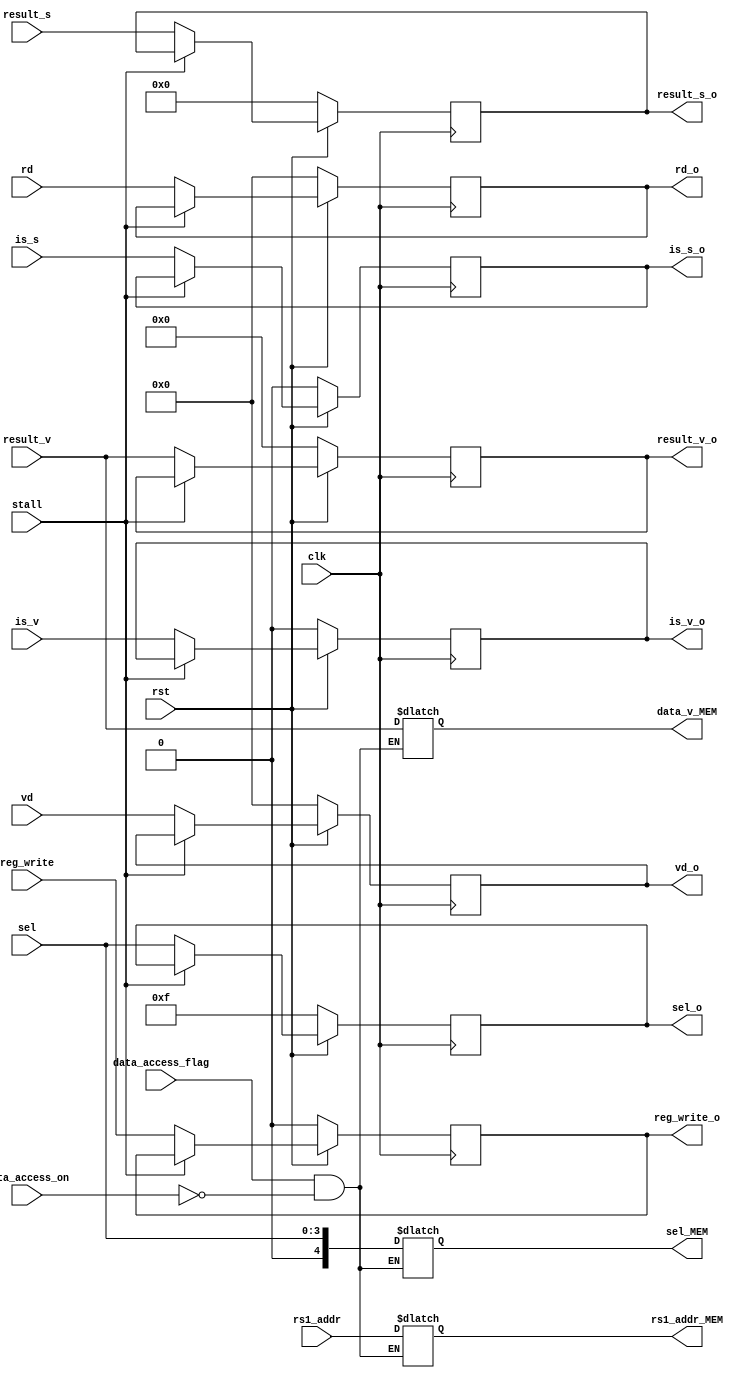
module memory#(parameter VL = 8, parameter SEW = 32 )
			  (input  clk,
			   input  rst,
			   input  stall,
			   input  reg_write,
			  
			   input  is_v,
			   input  is_s,
			   input  [ 4:0] rd,
			   input  [ 4:0] vd,
			   input  [ 3:0] sel,
			   input  [31:0] rs1_addr,
			   input  [31:0] result_s,
			   input  [VL*SEW-1:0] result_v,
			   
			   input data_access_flag,
			   input data_access_on,
			   
			   output reg reg_write_o,
			   output reg [ 4:0] sel_MEM,
			   output reg [31:0] rs1_addr_MEM,
			   output reg [VL*SEW-1:0] data_v_MEM,
			  
			   output reg is_v_o,
			   output reg is_s_o,
			   output reg [ 4:0] rd_o,
			   output reg [ 4:0] vd_o,
			   output reg [ 3:0] sel_o,
			   output reg [31:0] result_s_o,
			   output reg [VL*SEW-1:0] result_v_o);
  
  
  
  always@(*) begin
     if(data_access_flag & !data_access_on) begin
	   sel_MEM = sel;
	   rs1_addr_MEM = rs1_addr;
	   data_v_MEM = result_v;
	 end 
  end
   
  
  always@(posedge clk) begin
    if(!rst) begin
	  sel_o <= 4'b1111;
	  rd_o <= 5'b0;
	  vd_o <= 5'b0; 
	  result_s_o <= 31'b0;
	  result_v_o <= 256'b0;
	  is_s_o <= 0;
	  is_v_o <= 0;
	  reg_write_o <= 0;
	end else if (stall) begin
	  sel_o <= sel_o;
	  rd_o <= rd_o;
	  vd_o <= vd_o; 
	  result_s_o <= result_s_o;
	  result_v_o <= result_v_o;
	  is_s_o <= is_s_o;
	  is_v_o <= is_v_o;
	  reg_write_o <= reg_write_o;
	end else begin
	  sel_o <= sel;
	  rd_o <= rd;
	  vd_o <= vd; 
	  result_s_o <= result_s;
	  result_v_o <= result_v;
	  is_s_o <= is_s;
	  is_v_o <= is_v;
	  reg_write_o <= reg_write;
	end
  end
  
endmodule